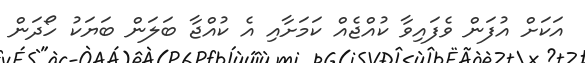
އަކަށް އުފަން ވެފައިވާ ކުއްޖެއް ކަމަށާއި އެ ކުއްޖާ ބަލަން ބަޔަކު ހޯދަން